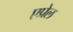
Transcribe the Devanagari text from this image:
एप्रेल